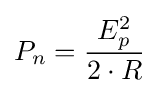
P_{n}={\frac {E_{p}^{2}}{2\cdot R}}\,\!